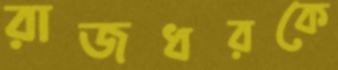
রাজধরকে